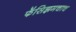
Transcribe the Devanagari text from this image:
फॅसिझमचाच